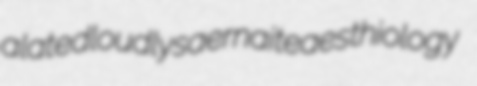
alated loudly saernaite aesthiology